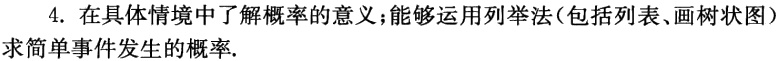
4. 在具体情境中了解概率的意义；能够运用列举法(包括列表、画树状图）求简单事件发生的概率.